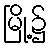
မြို့၌